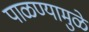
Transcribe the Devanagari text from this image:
पाळण्यामुळे